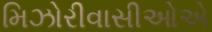
મિઝોરીવાસીઓએ